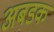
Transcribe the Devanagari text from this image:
अबडक